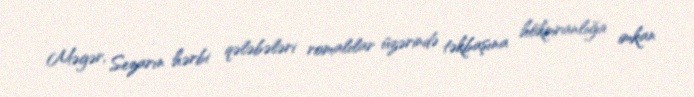
Məgər, Sezarın hərbi qələbələri romalılar üzərində təkbaşına hökmranlığa imkan